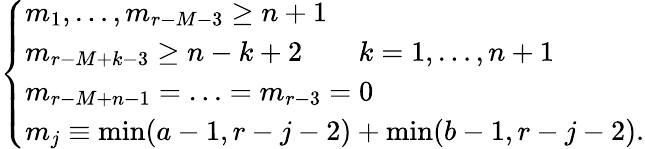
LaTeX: \left\{ \begin{array}{l}{{m_{1},\ldots,m_{r-M-3}\geq n+1}}\\ {{m_{r-M+k-3}\geq n-k+2\qquad k=1,\ldots,n+1}}\\ {{m_{r-M+n-1}=\ldots=m_{r-3}=0}}\\ {{m_{j}\equiv\operatorname*{min}(a-1,r-j-2)+\operatorname*{min}(b-1,r-j-2).}}\end{array}\right.